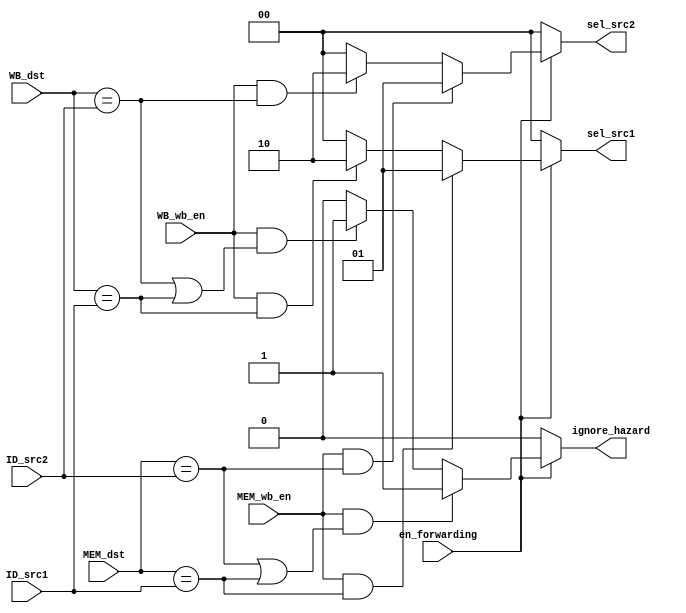
module Forwarding(input en_forwarding, WB_wb_en, MEM_wb_en, input [3:0] MEM_dst, WB_dst, ID_src1, ID_src2,
	output [1:0] sel_src1, sel_src2, output ignore_hazard);

    assign sel_src1 = (en_forwarding == 1'b1) ? (
            (MEM_wb_en && (MEM_dst == ID_src1)) ? 2'b01
            : (WB_wb_en && (WB_dst == ID_src1)) ? 2'b10 : 2'b0) : 2'b0;

    assign sel_src2 = (en_forwarding == 1'b1) ? (
            (MEM_wb_en && (MEM_dst == ID_src2)) ? 2'b01
            : (WB_wb_en && (WB_dst == ID_src2)) ? 2'b10 : 2'b0) : 2'b0;

    assign ignore_hazard = (en_forwarding == 1'b1) ? (
            (MEM_wb_en && ((MEM_dst == ID_src2) || (MEM_dst == ID_src1))) ? 1'b1
            : (WB_wb_en && ((WB_dst == ID_src2) || (WB_dst == ID_src1))) ? 1'b1 : 1'b0) : 1'b0;

endmodule